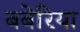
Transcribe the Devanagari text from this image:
बबेरिया